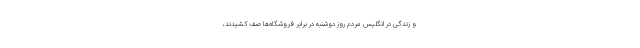
و زندگی در انگلیس مردم روز دوشنبه در برابر فروشگاه‌ها صف کشیدند،